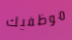
موظفيك